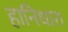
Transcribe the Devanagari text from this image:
हानिधारा